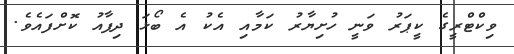
ވިކްޓްރީގެ ކީޕަރު ވަނީ ހުށިޔާރު ކަމާއި އެކު އެ ބޯޅަ ދިފާއު ކޮށްފައެވެ.